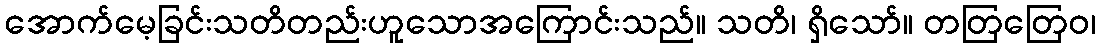
အောက်မေ့ခြင်းသတိတည်းဟူသောအကြောင်းသည်။ သတိ၊ ရှိသော်။ တတြတြေဝ၊